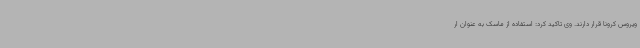
ویروس کرونا قرار دارند. وی تاکید کرد: استفاده از ماسک به عنوان ار